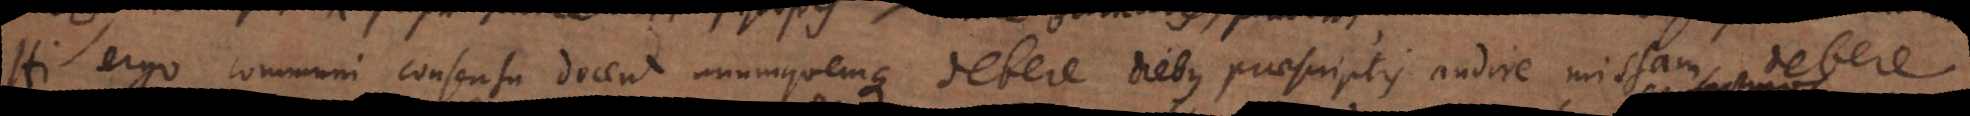
Hi ergo communi consensu docent unumquemque debere diebus praescriptis audire missam, debere